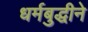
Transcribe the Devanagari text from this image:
धर्मबुद्धीने